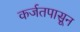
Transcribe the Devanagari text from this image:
कर्जतपासून